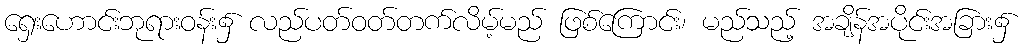
ရှေးဟောင်းဘုရားဝန်း၌ လည်ပတ်ဝတ်တက်လိမ့်မည် ဖြစ်ကြောင်း၊ မည်သည့် အချိန်အပိုင်းအခြား၌